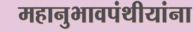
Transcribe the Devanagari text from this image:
महानुभावपंथीयांना